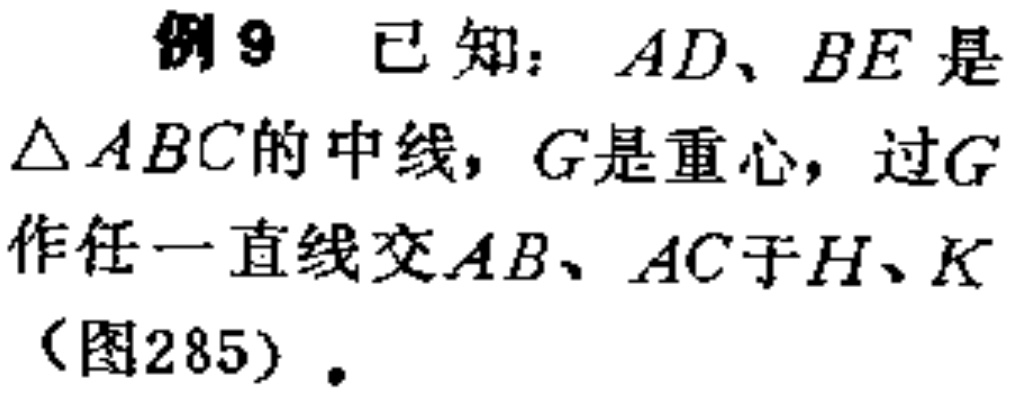
例9 已知：$AD、BE$是$\triangle ABC$的中线，$G$是重心，过$G$作任一直线交$AB、AC$于$H、K$（图285）.